Indian journal of veterinary science and animal husbandry - Volumes 15-17, 1948-1951
Year: 1948
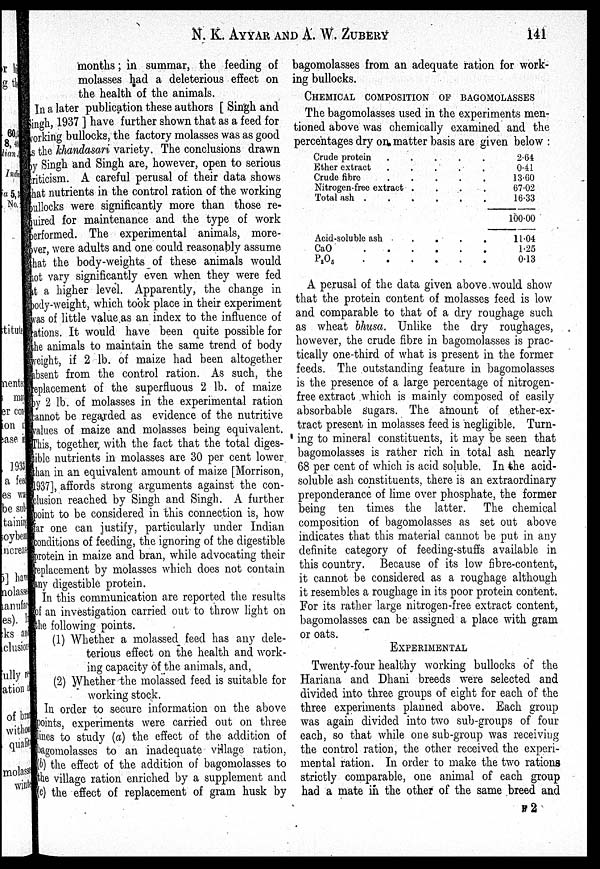
N. K. AYYAR AND A. W.
ZUBERY
141
months; in summar, the feeding of
molasses had a deleterious effect on
the health of the animals.
In a later publication these authors [Singh and
Singh, 1937] have further shown that as a feed for
working bullocks, the factory molasses was as good
as the khandasari variety. The conclusions drawn
by Singh and Singh are, however, open to serious
criticism. A careful perusal of their data shows
that nutrients in the control ration of the working
bullocks were significantly more than those re-
quired for maintenance and the type of work
performed. The experimental animals, more-
over, were adults and one could reasonably assume
that the body-weights of these animals would
not vary significantly even when they were fed
at a higher level. Apparently, the change in
body-weight, which took place in their experiment
was of little value as an index to the influence of
rations. It would have been quite possible for
the animals to maintain the same trend of body
weight, if 2 lb. of maize had been altogether
absent from the control ration. As such, the
replacement of the superfluous 2 lb. of maize
by 2 lb. of molasses in the experimental ration
cannot be regarded as evidence of the nutritive
values of maize and molasses being equivalent.
This, together, with the fact that the total diges-
tible nutrients in molasses are 30 per cent lower
than in an equivalent amount of maize [Morrison,
1937], affords strong arguments against the con-
clusion reached by Singh and Singh. A further
point to be considered in this connection is, how
far one can justify, particularly under Indian
conditions of feeding, the ignoring of the digestible
protein in maize and bran, while advocating their
replacement by molasses which does not contain
any digestible protein.
In this communication are reported the results
of an investigation carried out to throw light on
the following points.
(1) Whether a molassed feed has any dele-
terious effect on the health and work-
ing capacity of the animals, and,
(2) Whether the molassed feed is suitable for
working stock.
In order to secure information on the above
points, experiments were carried out on three
lines to study (a) the effect of the addition of
bagomolasses to an inadequate village ration,
(b) the effect of the addition of bagomolasses to
the village ration enriched by a supplement and
(c) the effect of replacement of gram husk by
bagomolasses from an adequate ration for work-
ing bullocks.
CHEMICAL COMPOSITION OF BAGOMOLASSES
The bagomolasses used in the experiments men-
tioned above was chemically examined and the
percentages dry on matter basis are given below:
Crude protein
.
.
.
.
.
Ether extract
.
.
.
.
.
Crude fibre
.
.
.
.
.
Nitrogen-free extract
.
.
.
.
Total ash
.
.
.
.
.
Acid-soluble ash
.
.
.
.
CaO
.
.
.
.
.
P 2 O 5
.
.
.
.
.
2.64
0.41
13.60
67.02
16.33
100.00
11.04
1.25
0.13
A perusal of the data given above would show
that the protein content of molasses feed is low
and comparable to that of a dry roughage such
as wheat bhusa. Unlike the dry roughages,
however, the crude fibre in bagomolasses is prac-
tically one-third of what is present in the former
feeds. The outstanding feature in bagomolasses
is the presence of a large percentage of nitrogen¬
free extract which is mainly composed of easily
absorbable sugars. The amount of ether-ex-
tract present in molasses feed is negligible. Turn¬
ing to mineral constituents, it may be seen that
bagomolasses is rather rich in total ash nearly
68 per cent of which is acid soluble. In the acid-
soluble ash constituents, there is an extraordinary
preponderance of lime over phosphate, the former
being ten times the latter. The chemical
composition of bagomolasses as set out above
indicates that this material cannot be put in any
definite category of feeding-stuffs available in
this country. Because of its low fibre-content,
it cannot be considered as a roughage although
it resembles a roughage in its poor protein content.
For its rather large nitrogen-free extract content,
bagomolasses can be assigned a place with gram
or oats.
EXPERIMENTAL
Twenty-four healthy working bullocks of the
Hariana and Dhani breeds were selected and
divided into three groups of eight for each of the
three experiments planned above. Each group
was again divided into two sub-groups of four
each, so that while one sub-group was receiving
the control ration, the other received the experi-
mental ration. In order to make the two rations
strictly comparable, one animal of each group
had a mate in the other of the same breed and
F2